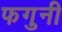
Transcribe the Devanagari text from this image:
फगुनी